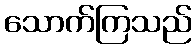
သောက်ကြသည်